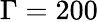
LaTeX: \Gamma=200